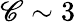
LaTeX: \mathscr{C}\sim3